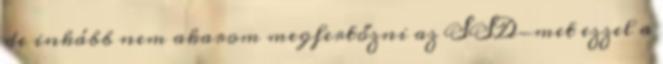
de inkább nem akarom megfertőzni az SSD-met ezzel a